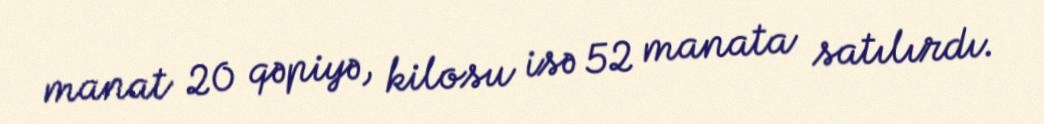
manat 20 qəpiyə, kilosu isə 52 manata satılırdı.